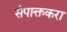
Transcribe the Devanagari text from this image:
सेपाक्तकरा